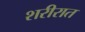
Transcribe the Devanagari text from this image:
शरीरात